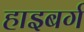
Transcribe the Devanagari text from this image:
हाइबर्ग